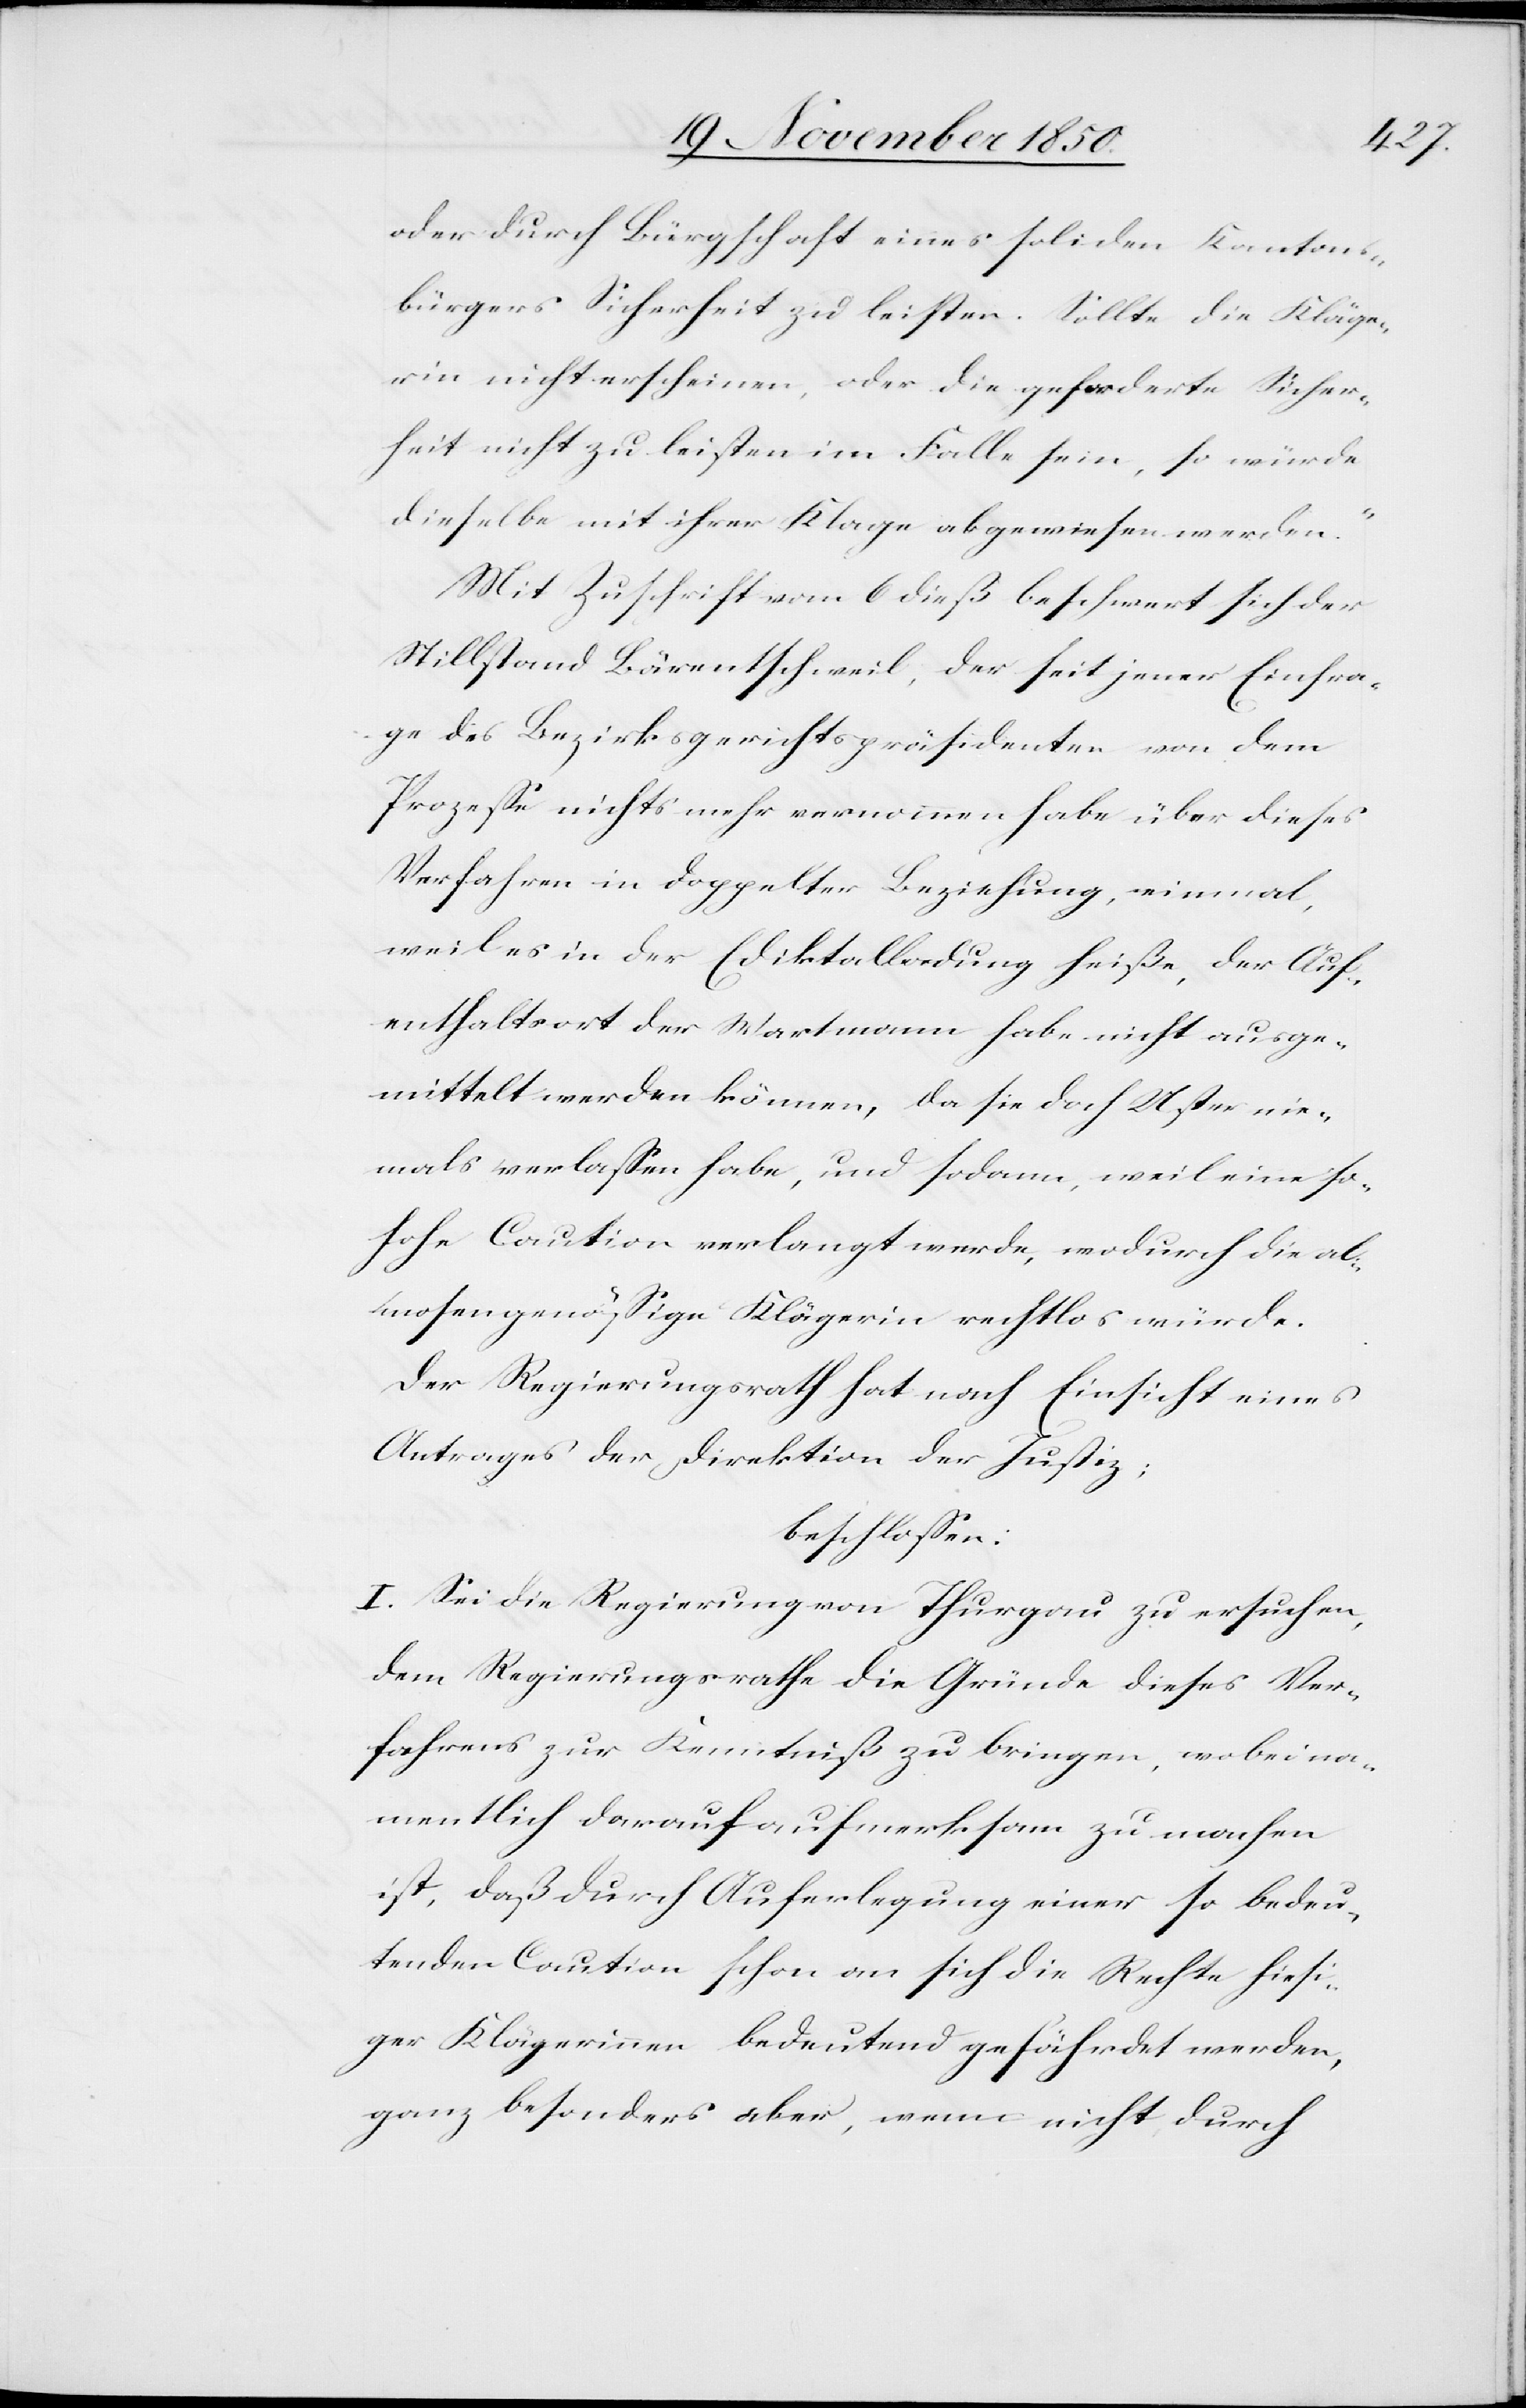
oder durch Bürgschaft eines soliden Kantons¬
bürgers Sicherheit zu leisten. Sollte die Kläge¬
rin nicht erscheinen, oder die geforderte Sicher¬
heit nicht zu leisten im Falle sein, so würde
dieselbe mit ihrer Klage abgewiesen werden.“
Mit Zuschrift vom 6 dieß beschwert sich der
Stillstand Bärentschweil, der seit jener Einfra¬
ge des Bezirksgerichtspräsidenten von dem
Prozesse nichts mehr vernommen habe über diese
Verfahren in doppelter Beziehung, einmal,
weil es in der Ediktalladung heiße, der Auf¬
enthaltsort der Wartmann habe nicht ausge¬
mittelt werden können, da sie doch Uster nie¬
mals verlassen habe, und sodann, weil eine so
hohe Caution verlangt werde, wodurch die al¬
mosengenössige Klägerin rechtlos würde.
Der Regierungsrath hat nach Einsicht eines
Antrages der Direktion der Justiz;
beschlossen:
I. Sei die Regierung von Thurgau zu ersuchen,
dem Regierungsrathe die Gründe dieses Ver¬
fahrens zur Kenntniß zu bringen, wobei na¬
mentlich darauf aufmerksam zu machen
ist, daß durch Auferlegung einer so bedeu¬
tenden Caution schon an sich die Rechte hiesi¬
ger Klägerinnen bedeutend gefährdet werden,
ganz besonders aber, wenn nicht durch